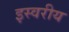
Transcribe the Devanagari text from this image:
इस्वरीय